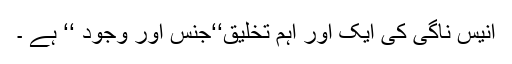
انیس ناگی کی ایک اور اہم تخلیق‘‘جنس اور وجود ‘‘ ہے ۔